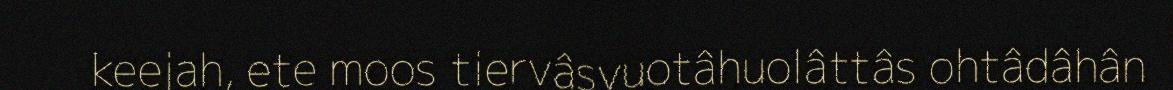
keejah, ete moos tiervâsvuotâhuolâttâs ohtâdâhân